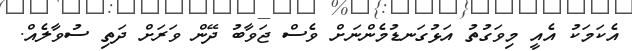
އެކަމަކު އެއީ މިވަގުތު އަޅުގަނޑުމެންނަށް ވެސް ޖަވާބު ދޭން ވަރަށް ދަތި ސުވާލެއް.